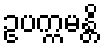
ဥပက္ကမန္တိ